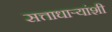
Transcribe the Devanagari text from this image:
सत्ताधाऱ्यांशी